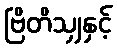
ဗြိတိသျှနှင့်